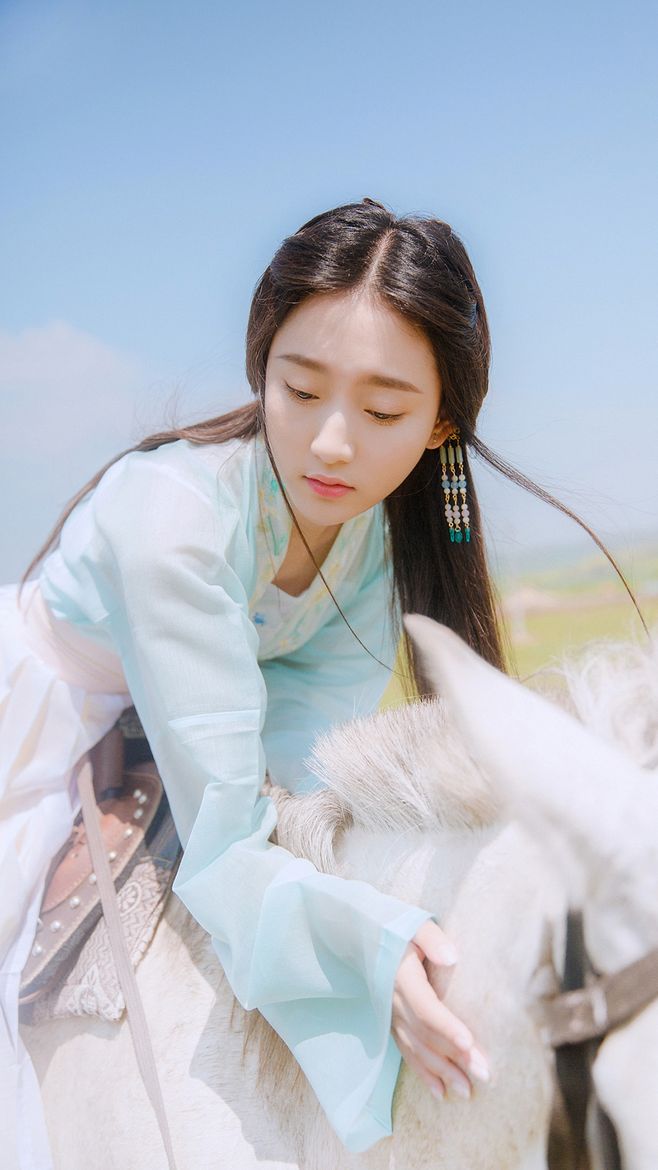
马蹄踏水乱明霞，醉袖迎风受落花。